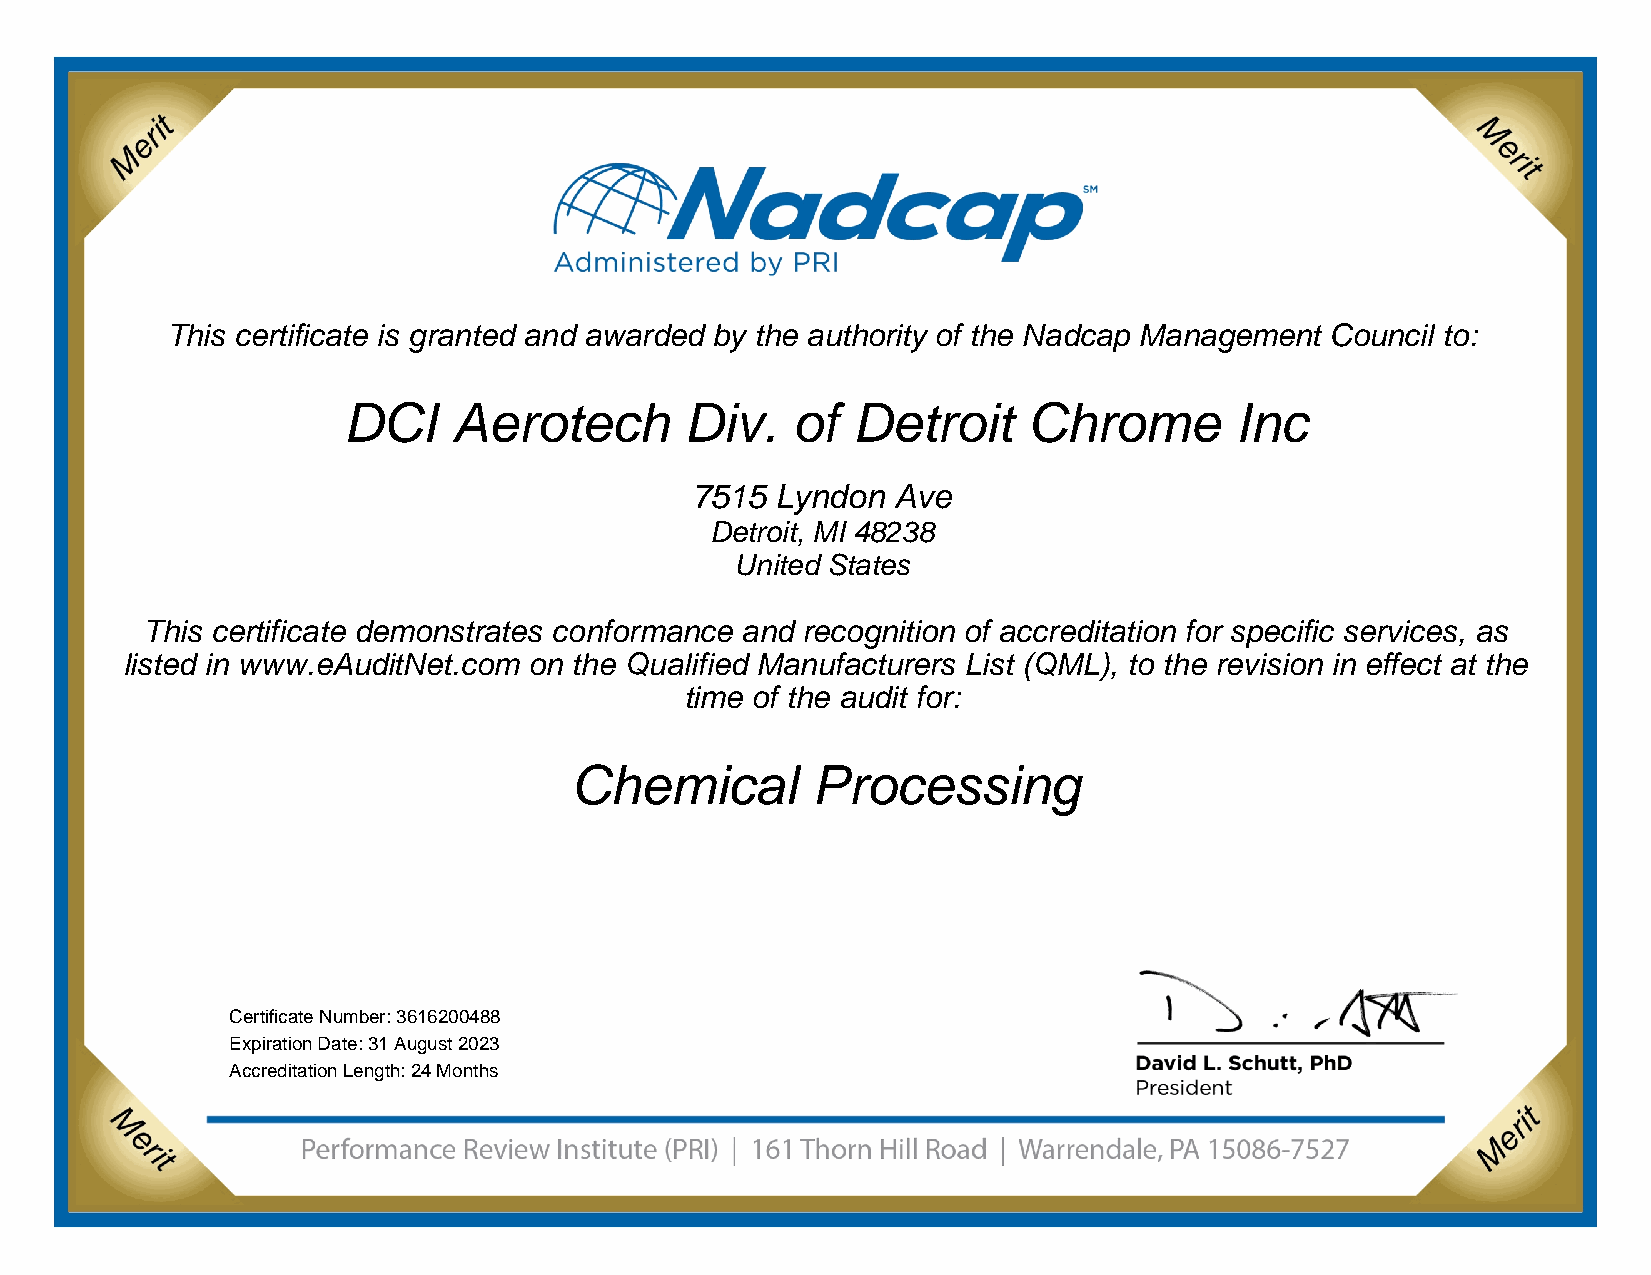
This certificate is granted and awarded by the authority of the Nadcap Management Council to:
 Company           Name       Here
 Address line 1
 Address line 2
 Address line 3
 This certificate demonstrates conformance and recognition of accreditation for specific
 services as listed in www.eAuditNet.com on the Qualified Manufacturers List (QML), to the
 revision in effect at the time of the audit for:
 Process        Name        Here
 Certification Number:
 Expiration Date:
 This certificate is granted and awarded by the authority of the Nadcap Management Council to:
 DCI    Aerotech       Div.   of  Detroit     Chrome        Inc
 7515 Lyndon  Ave
 Detroit, MI 48238
 United States
 This certificate demonstrates conformance and recognition of accreditation for specific services, as
 listed in www.eAuditNet.com on the Qualified Manufacturers List (QML), to the revision in effect at the
 time of the audit for:
 Chemical        Processing
 Certificate Number: 3616200488
 Expiration Date: 31 August 2023
 Accreditation Length: 24 Months